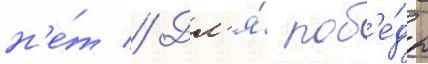
н'е́т // Дл'я́ поб'е́ды